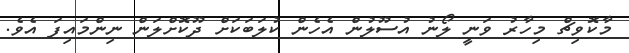
މާކޮވިޗް މިހާރު ވަނީ ލޯނު އުސޫލުން އެހެން ކުލަބަކަށް ދޫކޮށްލަން ނިންމައިފަ އެވެ.